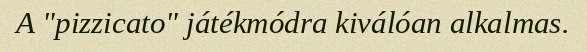
A "pizzicato" játékmódra kiválóan alkalmas.